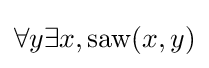
\forall y\exists x,{\mbox{saw}}(x,y)